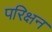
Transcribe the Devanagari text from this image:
परिक्षन